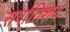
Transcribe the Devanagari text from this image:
सर्वातिशय